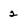
Character: 2